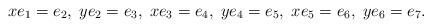
LaTeX: \begin{align*}xe_1=e_2,\; ye_2=e_3, \; xe_3=e_4,\; ye_4=e_5,\; xe_5=e_6,\; ye_6=e_7. \end{align*}